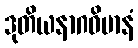
ဒုတိယနာဂဝိမာနံ